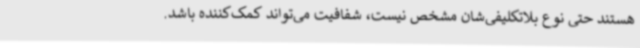
هستند حتی نوع بلاتکلیفی‌شان مشخص نیست، شفافیت می‌تواند کمک‌کننده باشد.